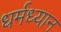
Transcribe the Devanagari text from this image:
धर्मध्यान